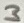
Text: 3